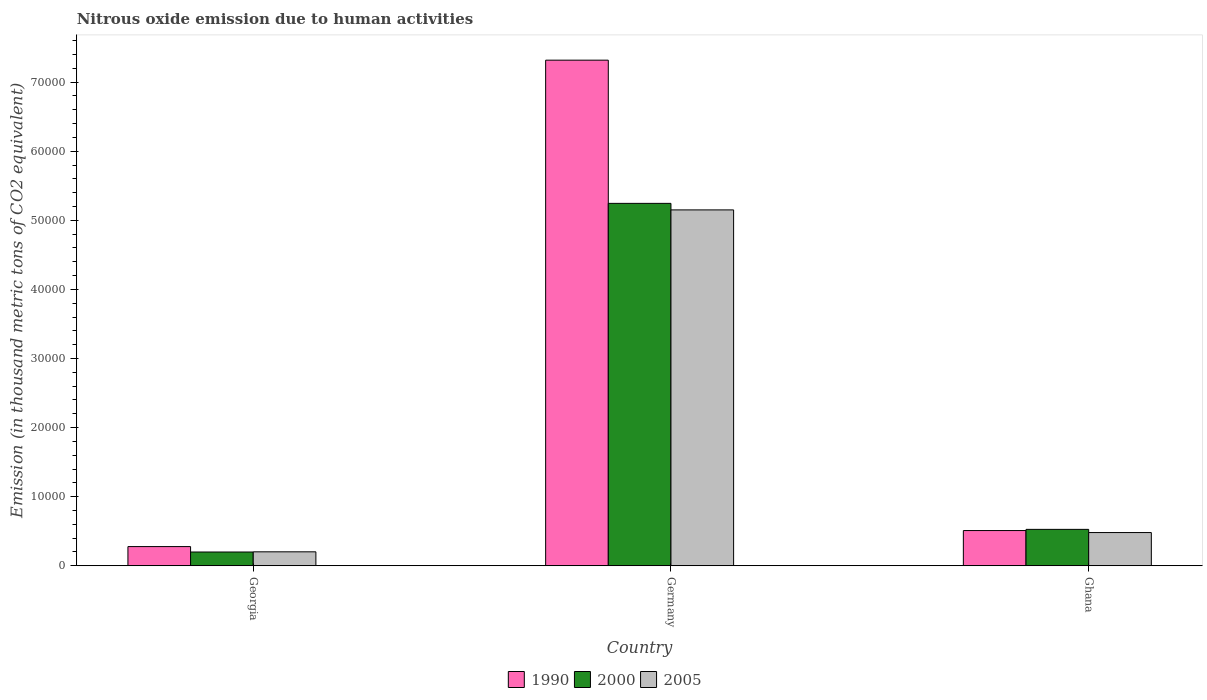
| Country | 1990 | 2000 | 2005 |
 | --- | --- | --- | --- |
 | Georgia | 2.78e+03 | 1.99e+03 | 2.02e+03 |
 | Germany | 7.32e+04 | 5.25e+04 | 5.15e+04 |
 | Ghana | 5.1e+03 | 5.27e+03 | 4.81e+03 |